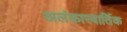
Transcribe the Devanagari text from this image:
अलंकारवार्तिक